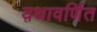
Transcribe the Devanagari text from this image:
यथावर्णित